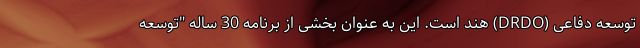
توسعه دفاعی (DRDO) هند است. این به عنوان بخشی از برنامه 30 ساله "توسعه